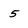
Character: 5